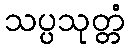
သပ္ပသုတ္တံ